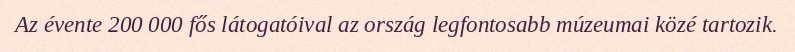
Az évente 200 000 fős látogatóival az ország legfontosabb múzeumai közé tartozik.